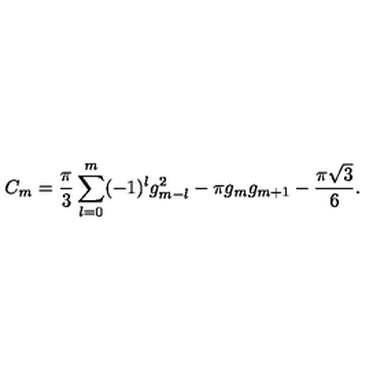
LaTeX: C _ { m } = { \frac { \pi } { 3 } } \sum _ { l = 0 } ^ { m } ( - 1 ) ^ { l } g _ { m - l } ^ { 2 } - \pi g _ { m } g _ { m + 1 } - { \frac { \pi { \sqrt 3 } } { 6 } } .